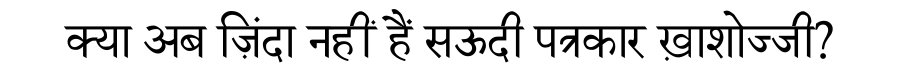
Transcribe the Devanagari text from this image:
क्या अब ज़िंदा नहीं हैं सऊदी पत्रकार ख़ाशोज्जी?